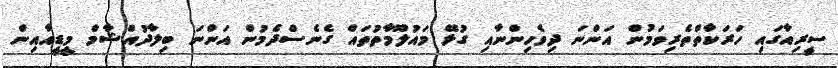
ސީރިއާގައި ހަރަކާތްތެރިވަމުން އަންނަ ދިވެހިންނާއި ގުޅޭ މައުލޫމާތުތައް ގެނެސްދެމުން އަންނަ ބިލާދުއްޝާމް މީޑީއާއިން